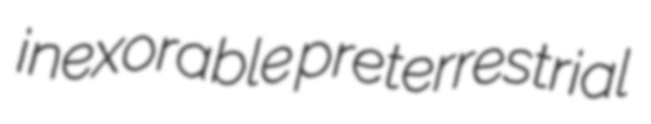
inexorable preterrestrial